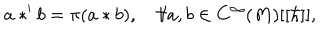
LaTeX: a * ^ { \prime } b = \pi ( a * b ) , \quad \forall a , b \in C ^ { \infty } ( M ) [ [ \hbar ] ] ,